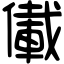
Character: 儎